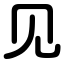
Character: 见